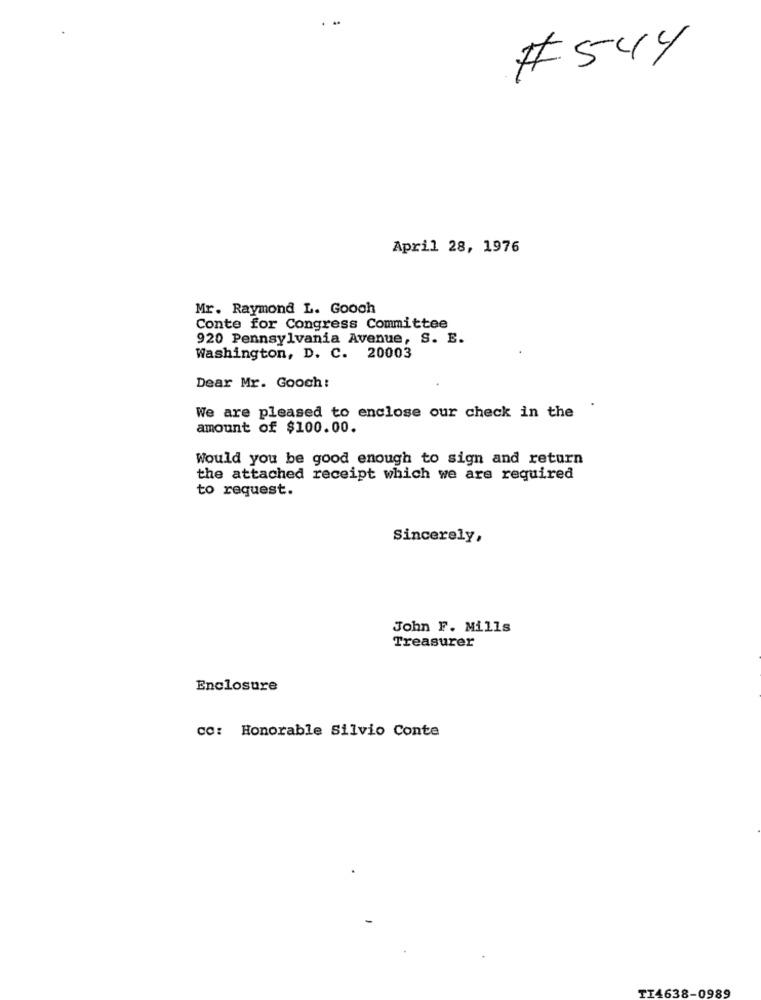
#544
April 28, 1976
Mr. Raymond L. Gooch
Conte for Congress Committee
920 Pennsylvania Avenue, S. E.
Washington, D. C. 20003
Dear Mr. Gooch :
We are pleased to enclose our check in the
amount of $100.00.
Would you be good enough to sign and return
the attached receipt which we are required
to request.
Sincerely,
John F. Mills
Treasurer
Enclosure
co: Honorable Silvio Conte
TI4638-0989